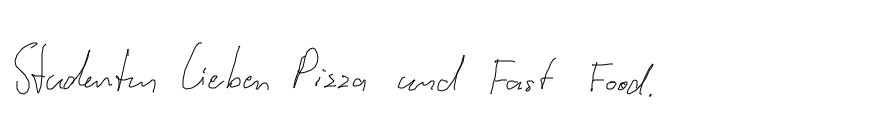
Studenten lieben Pizza und Fast Food.